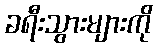
ခရီးသွားများကို